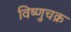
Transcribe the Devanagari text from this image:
विष्णुचक्र